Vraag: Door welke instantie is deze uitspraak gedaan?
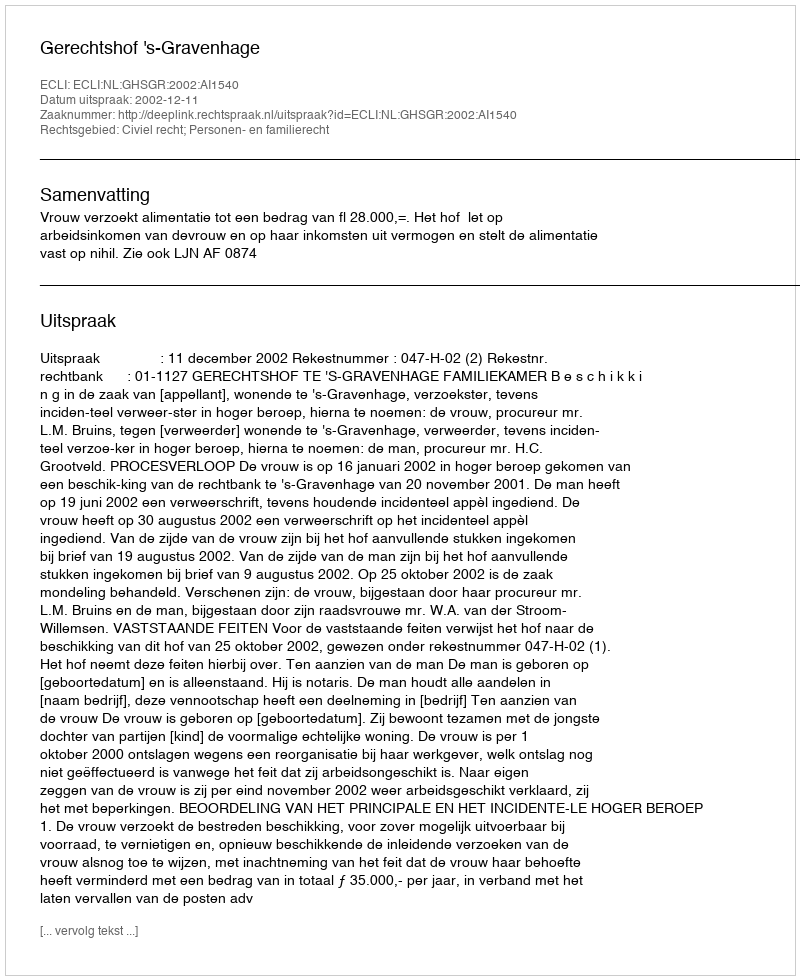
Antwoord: Gerechtshof 's-Gravenhage